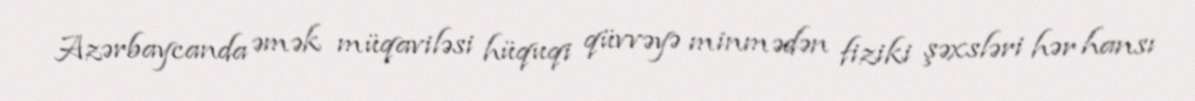
Azərbaycanda əmək müqaviləsi hüquqi qüvvəyə minmədən fiziki şəxsləri hər hansı